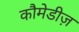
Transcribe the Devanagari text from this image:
कौमेडीज़